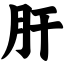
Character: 肝